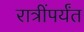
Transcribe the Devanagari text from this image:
रात्रींपर्यंत